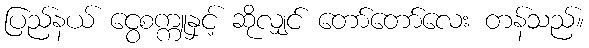
ပြည်နယ် ငွေစက္ကူနှင့် ဆိုလျှင် တော်တော်လေး တန်သည်။